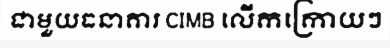
ជាមួយធនាគារ CIMB លើកក្រោយៗ